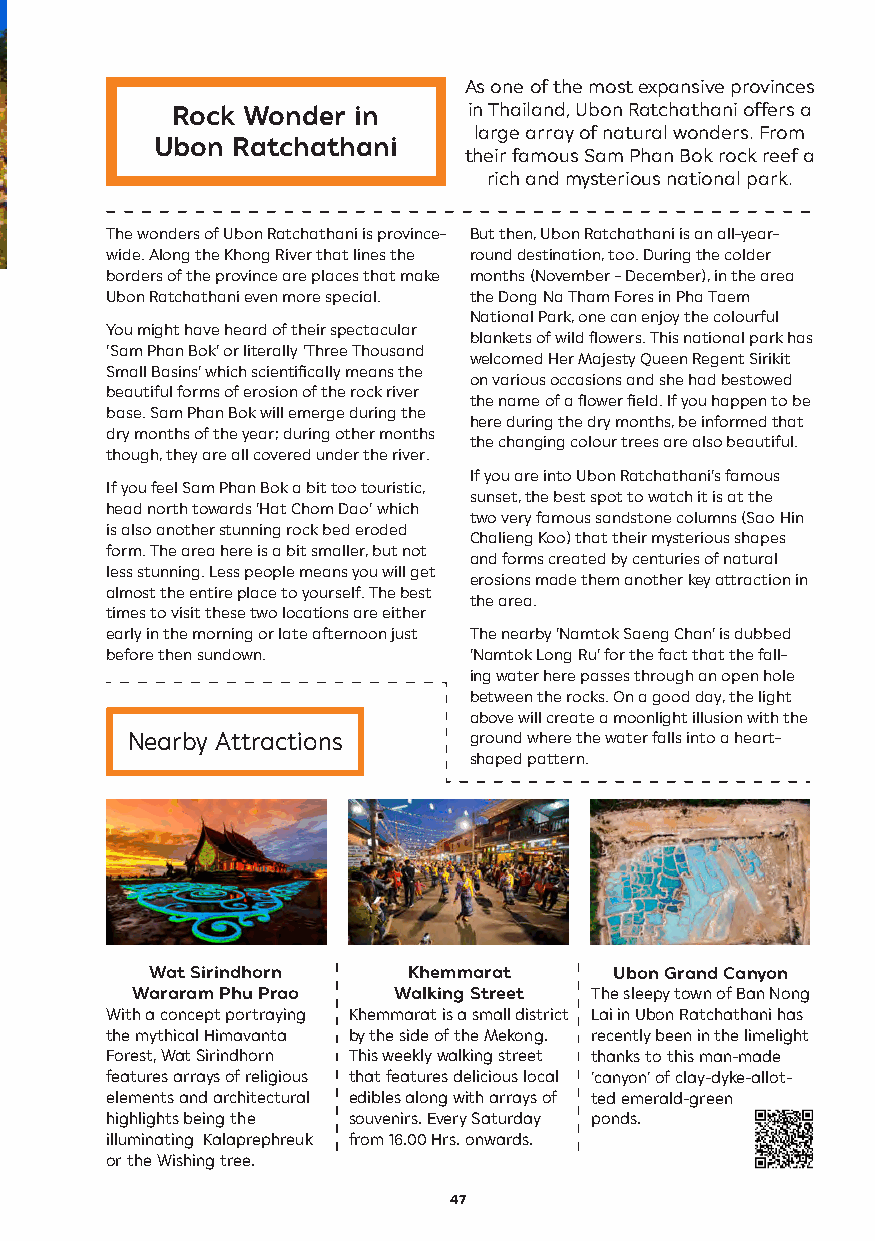
As one of the most expansive provinces
 Rock Wonder in      in Thailand, Ubon Ratchathani offers a
 large array of natural wonders. From
 Ubon Ratchathani
 their famous Sam Phan Bok rock reef a
 rich and mysterious national park.
 The wonders of Ubon Ratchathani is province- But then, Ubon Ratchathani is an all-year-
 wide. Along the Khong River that lines the round destination, too. During the colder
 borders of the province are places that make months (November - December), in the area
 Ubon Ratchathani even more special. the Dong Na Tham Fores in Pha Taem
 National Park, one can enjoy the colourful
 You might have heard of their spectacular
 blankets of wild flowers. This national park has
 ‘Sam Phan Bok’ or literally ‘Three Thousand
 welcomed Her Majesty Queen Regent Sirikit
 Small Basins’ which scientifically means the
 on various occasions and she had bestowed
 beautiful forms of erosion of the rock river
 the name of a flower field. If you happen to be
 base. Sam Phan Bok will emerge during the
 here during the dry months, be informed that
 dry months of the year; during other months
 the changing colour trees are also beautiful.
 though, they are all covered under the river.
 If you are into Ubon Ratchathani’s famous
 If you feel Sam Phan Bok a bit too touristic,
 sunset, the best spot to watch it is at the
 head north towards ‘Hat Chom Dao’ which
 two very famous sandstone columns (Sao Hin
 is also another stunning rock bed eroded
 Chalieng Koo) that their mysterious shapes
 form. The area here is a bit smaller, but not
 and forms created by centuries of natural
 less stunning. Less people means you will get
 erosions made them another key attraction in
 almost the entire place to yourself. The best
 the area.
 times to visit these two locations are either
 early in the morning or late afternoon just The nearby ‘Namtok Saeng Chan’ is dubbed
 before then sundown.    ‘Namtok Long Ru’ for the fact that the fall-
 ing water here passes through an open hole
 between the rocks. On a good day, the light
 above will create a moonlight illusion with the
 Nearby Attractions     ground where the water falls into a heart-
 shaped pattern.
 Wat Sirindhorn   Khemmarat     Ubon Grand Canyon
 Wararam Phu Prao Walking Street The sleepy town of Ban Nong
 With a concept portraying Khemmarat is a small district Lai in Ubon Ratchathani has
 the mythical Himavanta by the side of the Mekong. recently been in the limelight
 Forest, Wat Sirindhorn This weekly walking street thanks to this man-made
 features arrays of religious that features delicious local ‘canyon’ of clay-dyke-allot-
 elements and architectural edibles along with arrays of ted emerald-green
 highlights being the souvenirs. Every Saturday ponds.
 illuminating Kalaprephreuk from 16.00 Hrs. onwards.
 or the Wishing tree.
 47